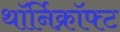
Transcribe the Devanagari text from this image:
थॉर्निक्रॉफ्ट